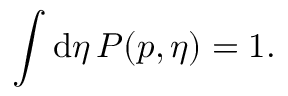
\int \mathrm { d } \eta \, P ( \boldsymbol { p } , \eta ) = 1 .